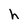
Character: h